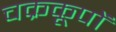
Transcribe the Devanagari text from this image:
चक्रकूपों